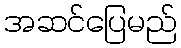
အဆင်ပြေမည်